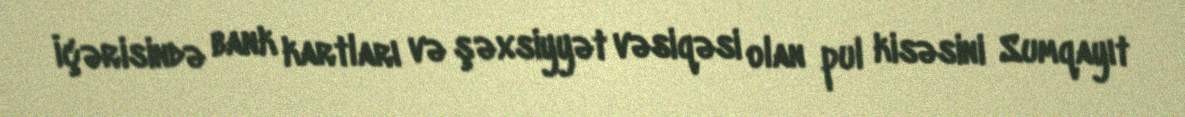
İçərisində bank kartları və şəxsiyyət vəsiqəsi olan pul kisəsini Sumqayıt